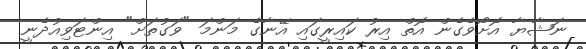
ނަޝާޔާ އޮށޯވެގެން އޮތް އިރު ކައިރީގައި އޭނާގެ މަންމަ "ވަގުތަށް" އިންޓަވިއުދެނީ